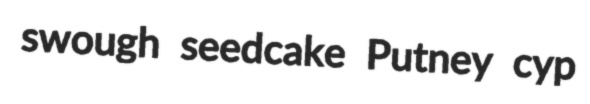
swough seedcake Putney cyp